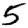
Digit: 5